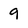
Character: 9